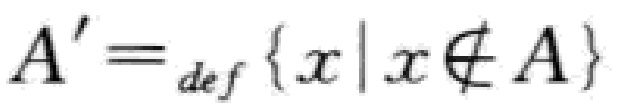
\(A' = _{def} \{ x | x \notin A \}\)